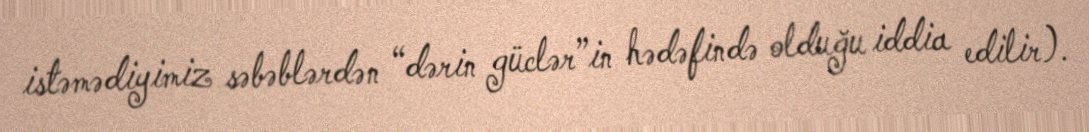
istəmədiyimiz səbəblərdən “dərin güclər”in hədəfində olduğu iddia edilir).